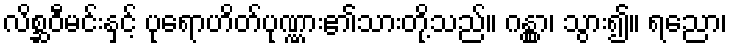
လိစ္ဆဝီမင်းနှင့် ပုရောဟိတ်ပုဏ္ဏား၏သားတို့သည်။ ဂန္တွာ၊ သွား၍။ ရညော၊